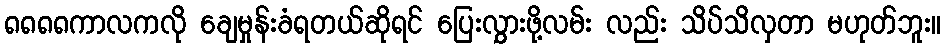
၈၈၈၈ကာလကလို ချေမှုန်းခံရတယ်ဆိုရင် ပြေးလွှားဖို့လမ်း လည်း သိပ်သိလှတာ မဟုတ်ဘူး။